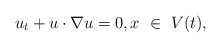
\begin{align*}u_t+u\cdot \nabla u=0, x\ \in \ V(t),\end{align*}